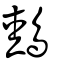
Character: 鵱